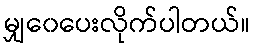
မျှ၀ေပေးလိုက်ပါတယ်။